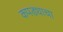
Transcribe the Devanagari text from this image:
कपड्याचा